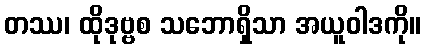
တဿ၊ ထိုဒုဗ္ဗစ သဘောရှိသာ အယူဝါဒကို။